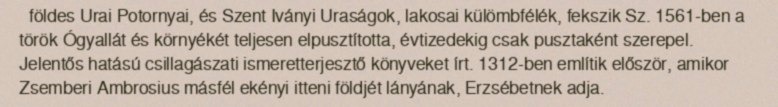
földes Urai Potornyai, és Szent Iványi Uraságok, lakosai külömbfélék, fekszik Sz. 1561-ben a török Ógyallát és környékét teljesen elpusztította, évtizedekig csak pusztaként szerepel. Jelentős hatású csillagászati ismeretterjesztő könyveket írt. 1312-ben említik először, amikor Zsemberi Ambrosius másfél ekényi itteni földjét lányának, Erzsébetnek adja.